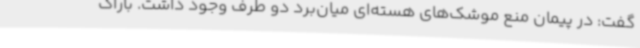
گفت: در پیمان منع موشک‌های هسته‌ای میان‌برد دو طرف وجود داشت. باراک